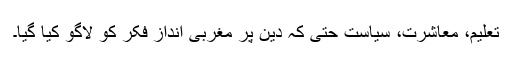
تعلیم، معاشرت، سیاست حتی کہ دین پر مغربی انداز فکر کو لاگو کیا گیا۔